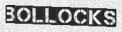
BOLLOCKS